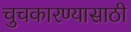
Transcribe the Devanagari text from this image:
चुचकारण्यासाठी